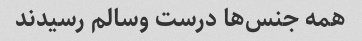
همه جنس‌ها درست وسالم رسیدند